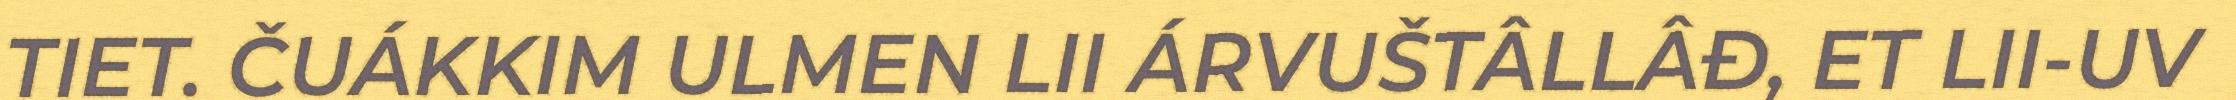
TIET. ČUÁKKIM ULMEN LII ÁRVUŠTÂLLÂĐ, ET LII-UV